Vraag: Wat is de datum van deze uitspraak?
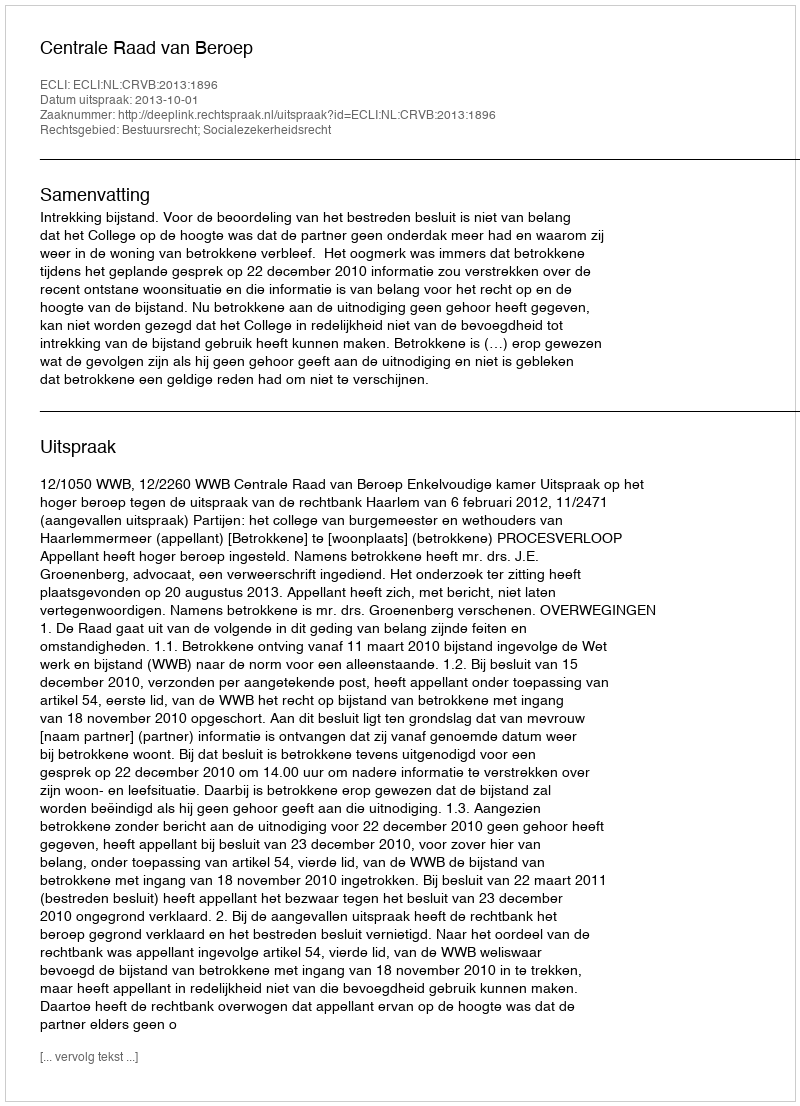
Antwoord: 2013-10-01